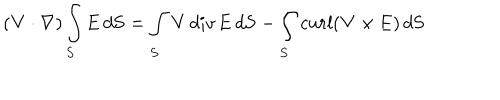
( { \bf V } \cdot \nabla ) \int _ { S } { \bf E } \, d { \bf S } = \int _ { S } { \bf V } \, d i v \, { \bf E } \, d { \bf S } - \int _ { S } c u r l ( { \bf V } \times { \bf E } ) \, d { \bf S }